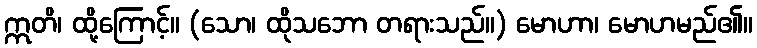
ဣတိ၊ ထို့ကြောင့်။ (သော၊ ထိုသဘော တရားသည်။) မောဟာ၊ မောဟမည်၏။